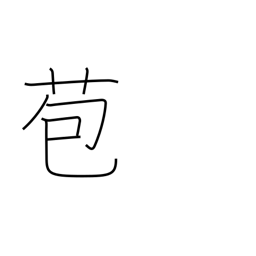
Meaning: bract